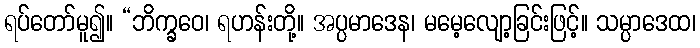
ရပ်တော်မူ၍။ “ဘိက္ခဝေ၊ ရဟန်းတို့။ အပ္ပမာဒေန၊ မမေ့လျော့ခြင်းဖြင့်။ သမ္ပာဒေထ၊